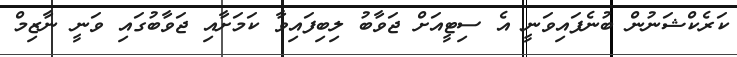
ކަރެކްޝަނުން ބުނެފައިވަނީ އެ ސިޓީއަށް ޖަވާބު ލިބިފައިވާ ކަމަށާއި ޖަވާބުގައި ވަނީ ނާޒިމް